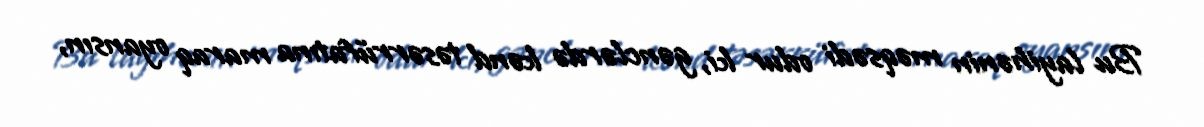
Bu layihənin məqsədi odur ki, gənclərdə kənd təsərrüfatına maraq oyansın,